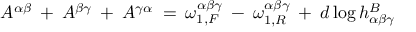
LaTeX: A ^ { \alpha \beta } \: + \: A ^ { \beta \gamma } \: + \: A ^ { \gamma \alpha } \: = \: \omega _ { 1 , F } ^ { \alpha \beta \gamma } \: - \: \omega _ { 1 , R } ^ { \alpha \beta \gamma } \: + \: d \log h _ { \alpha \beta \gamma } ^ { B }